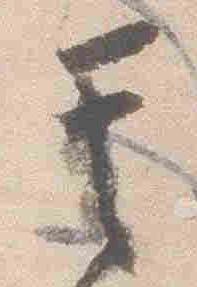
其